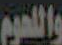
واللحوم